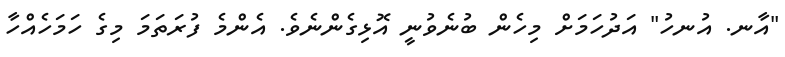
"އާނ. އުނހު" އަދުހަމަށް މިހެން ބުނެވުނީ އޮޅިގެންނެވެ. އެންމެ ފުރަތަމަ މިގެ ހަމަހެއްހާ